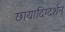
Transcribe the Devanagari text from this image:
छायादिग्दर्शन